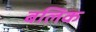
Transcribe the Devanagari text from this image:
बलिक